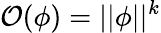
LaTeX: \mathcal{O}(\phi)=||\phi||^{k}